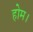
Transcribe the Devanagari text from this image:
होम।